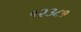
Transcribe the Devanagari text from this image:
१२३८१